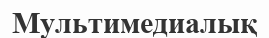
Мультимедиалық